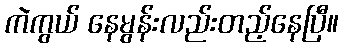
ကဲကွယ် နေမွန်းလည်းတည့်နေပြီ။